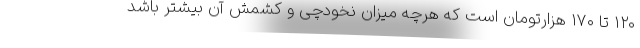
۱۲۰ تا ۱۷۰ هزارتومان است که هرچه میزان نخودچی و کشمش آن بیشتر باشد